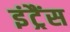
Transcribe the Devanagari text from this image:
इंट्रैंस